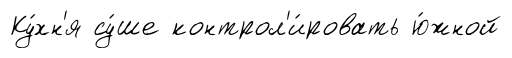
Ку́хн'я су́ше контрол'и́ровать ю́жной